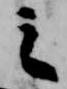
之